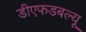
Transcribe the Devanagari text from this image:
डीएफडबल्‍यू